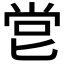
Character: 𠤠